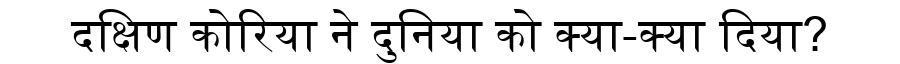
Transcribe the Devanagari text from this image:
दक्षिण कोरिया ने दुनिया को क्या-क्या दिया?